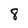
Character: 8